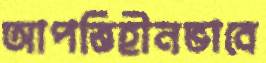
আপত্তিহীনভাবে